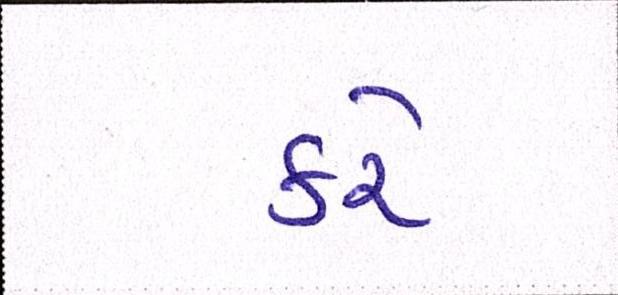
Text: કરેઃ